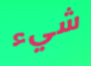
شيء